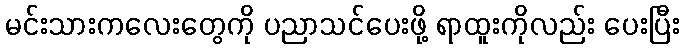
မင်းသားကလေးတွေကို ပညာသင်ပေးဖို့ ရာထူးကိုလည်း ပေးပြီး